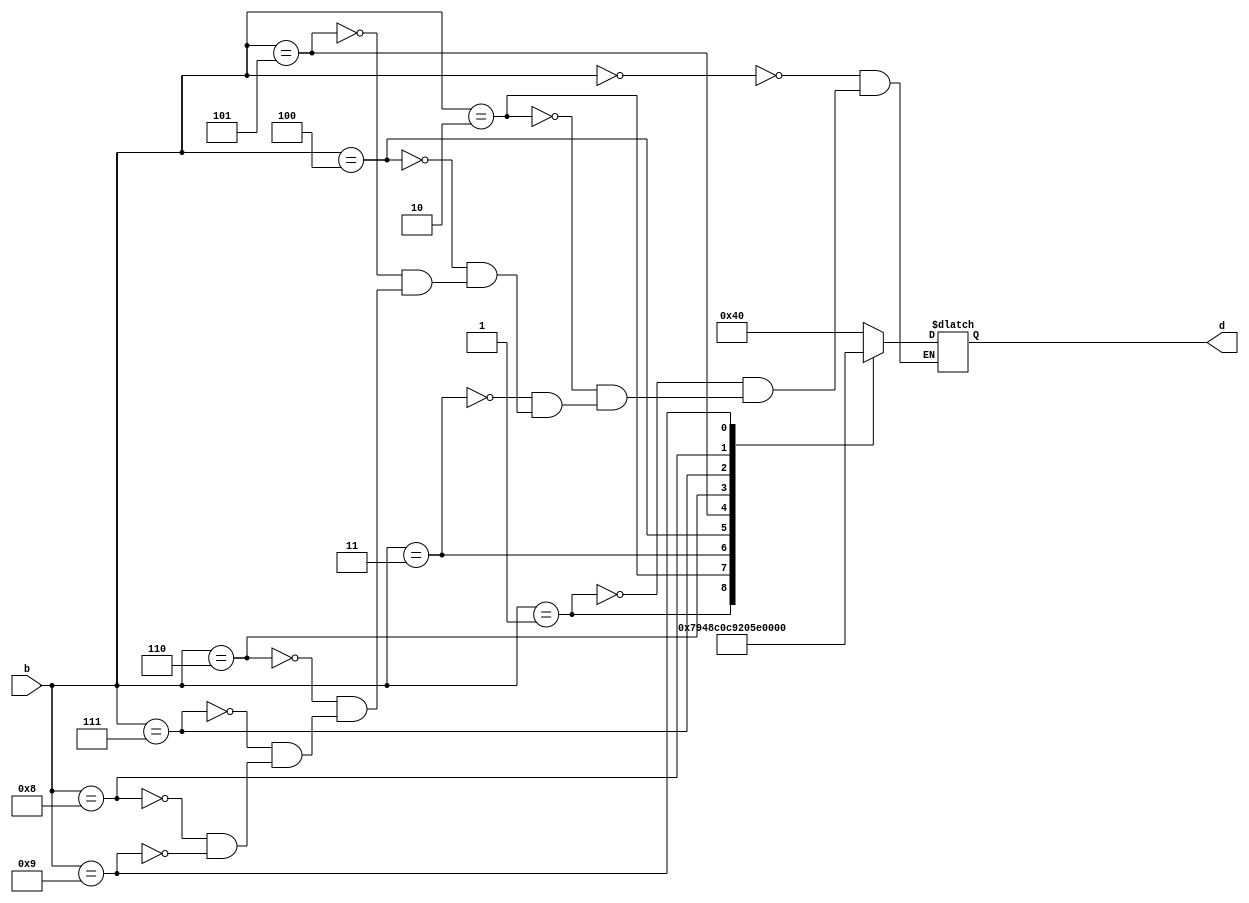
module driver7seg (b,d);

	input [3:0] b; //nmero a ser mostrado
	output reg [6:0] d; //saida de 7 segmentos

	always @* begin
	
		case (b)
			
			4'd0: d = 7'b1000000; //0
			4'd1: d = 7'b1111001; //1
			4'd2: d = 7'b0100100; //2
			4'd3: d = 7'b0110000; //3
			4'd4: d = 7'b0011001; //4
			4'd5: d = 7'b0010010; //5
			4'd6: d = 7'b0000010; //6
			4'd7: d = 7'b1111000; //7
			4'd8: d = 7'b0000000; //8
			4'd9: d = 7'b0010000; //9

		endcase
	
	end


endmodule